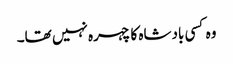
وہ کسی بادشاہ کا چہرہ نہیں تھا۔